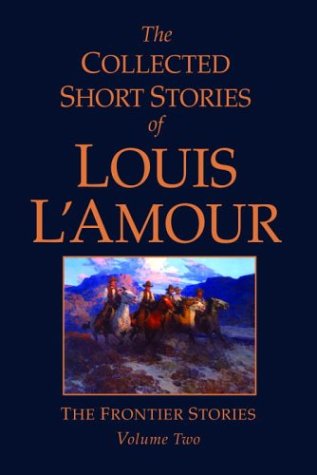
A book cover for The Collected Short Stories of Louis L'Amour, Volume 2: Frontier Stories; Louis L'Amour; Literature & Fiction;